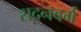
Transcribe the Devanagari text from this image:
रादनबर्ग